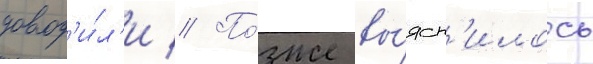
довод'и́л'и // По́зже вы́ясн'илось